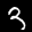
Label: 3